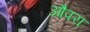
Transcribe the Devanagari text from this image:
औपरा